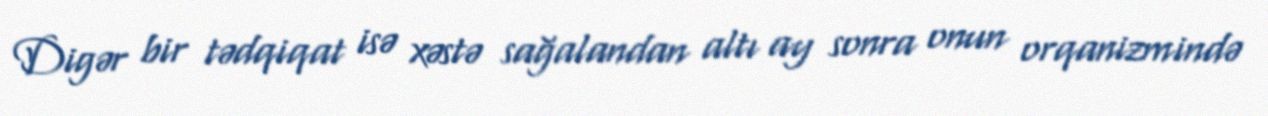
Digər bir tədqiqat isə xəstə sağalandan altı ay sonra onun orqanizmində